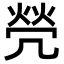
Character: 焭